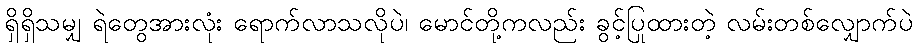
ရှိရှိသမျှ ရဲတွေအားလုံး ရောက်လာသလိုပဲ၊ မောင်တို့ကလည်း ခွင့်ပြုထားတဲ့ လမ်းတစ်လျှောက်ပဲ